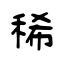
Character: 稀